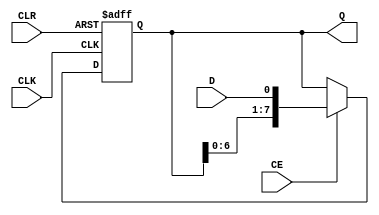
module SHF_REG(
  input             CLK,
	input             CE,
  input             CLR,
  input             D,
  output reg [7:0]  Q
);

always @(posedge CLK or posedge CLR)
  if(CLR)
    Q <= 8'd0;
  else
		if(CE)
    	Q <= {Q[6:0],D};

endmodule

//zadania:
//1 uzaleni rejestr od CE
//2 napisac tb + symulacja
//3 implementacja
//4 krazaca '1'